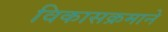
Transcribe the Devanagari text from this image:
विकासक्रमाने